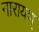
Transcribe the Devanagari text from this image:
नारायण्